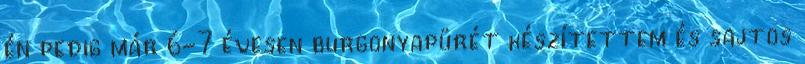
én pedig már 6-7 évesen burgonyapürét készítettem és sajtos